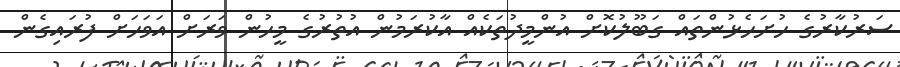
ސަރުކާރުގެ ހުށަހެޅުންތައް ގަބޫލުކޮށް އުންމީދުތަކެއް އާކުރަމުން އުތުރުގެ މީހުން ވަރަށް އަވަހަށް ފުރައިގެން